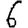
Digit: 6